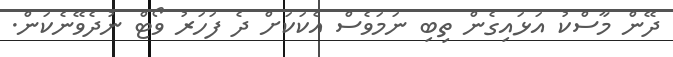
ދޭން މާސްކު އަޅައިގެން ތިބި ނަމަވެސް އެކަކަށް ދެ ފަހަރު ވޯޓް ނުދެވޭނެކަން.